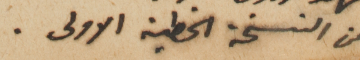
من النسخة الخطية الاولى.